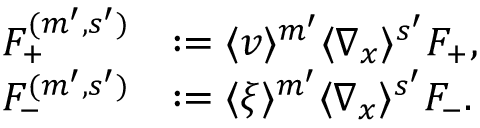
\begin{array} { r l } { F _ { + } ^ { ( m ^ { \prime } , s ^ { \prime } ) } } & { : = \langle v \rangle ^ { m ^ { \prime } } \langle \nabla _ { x } \rangle ^ { s ^ { \prime } } F _ { + } , } \\ { F _ { - } ^ { ( m ^ { \prime } , s ^ { \prime } ) } } & { : = \langle \xi \rangle ^ { m ^ { \prime } } \langle \nabla _ { x } \rangle ^ { s ^ { \prime } } F _ { - } . } \end{array}